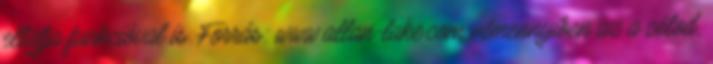
ellátja funkcióval is. Forrás: www.allan-lake.com Amennyiben az a célod,